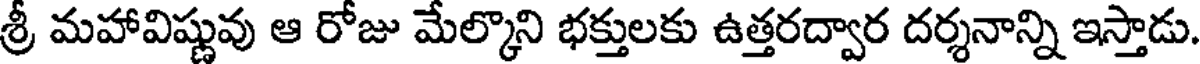
శ్రీ మహావిష్ణువు ఆ రోజు మేల్కొని భక్తులకు ఉత్తరద్వార దర్శనాన్ని ఇస్తాడు.